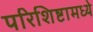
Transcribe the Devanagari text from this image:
परिशिष्टामध्ये